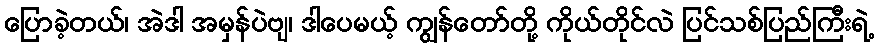
ပြောခဲ့တယ်၊ အဲဒါ အမှန်ပဲဗျ၊ ဒါပေမယ့် ကျွန်တော်တို့ ကိုယ်တိုင်လဲ ပြင်သစ်ပြည်ကြီးရဲ့